Report on the cholera epidemic of
Year: 1868
Disease focus: Cholera
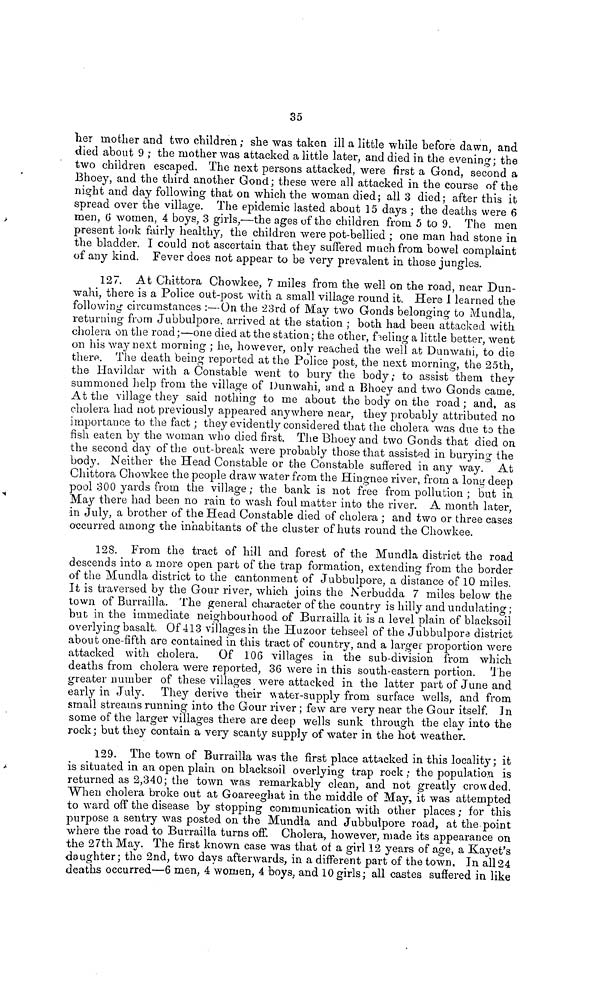
35
her mother and two children; she was taken ill a little while before dawn, and
died about 9 ; the mother was attacked a little later, and died in the evening; the
two children escaped. The next persons attacked, were first a Gond, second a
Bhoey, and the third another Gond; these were all attacked in the course of the
nicht and day following that on which the woman died; all 3 died; after this it
spread over the village. The epidemic lasted about 15 days ; the deaths were 6
men, 6 women, 4 boys, 3 girls,—the ages of the children from. 5 to 9. The men
present look fairly healthy, the children were pot-bellied ; one man had stone in
the bladder. I could not ascertain that they suffered much from bowel complaint
of any kind. Fever does not appear to be very prevalent in those jungles.
127. At Chittora Chowkee, 7 miles from the well on the road, near Dun-
wahi, there is a Police out-post with a small village round it. Here I learned the
following circumstances :—On the 23rd of May two Gonds belonging to Mundla,
returning from Jubbulpore, arrived at the station ; both had been attacked with
cholera on the road ;—one died at the station; the other, fueling a little better, went
on his way next morning ; he, however, only reached the well at Dunwaiii, to die
there. The death being reported at the Police post, the next morning, the 25th,
the Havildar with a Constable went to bury the body; to assist them they
summoned help from the village of Dunwahi, and a Bhoey and two Gonds came.
At the village they said nothing to me about the body on the road ; and, as
cholera had not previously appeared anywhere near, they probably attributed no
importance to the fact ; they evidently considered that the cholera was due to the
fish eaten by the woman who died first. The Bhoey and two Gonds that died on
the second day of the out-break were probably those that assisted in burying the
body. Neither the Head Constable or the Constable suffered in any way. At
Chittora Chowkee the people draw water from the Hingnee river, from a long deep
pool 300 yards from the village ; the bank is not free from pollution ; but in
May there had been no rain to wash foul matter into the river. A month later,
in July, a brother of the Head Constable died of cholera ; and two or three cases
occurred among the inhabitants of the cluster of huts round the Chowkee.
128. From the tract of hill and forest of the Mundla district the road
descends into a more open part of the trap formation, extending from the border
of the Mundla district to the cantonment of Jubbulpore, a distance of 10 miles.
It is traversed by the Gour river, which joins the Nerbudda 7 miles below the
town of Burrailla. The general character of the country is hilly and undulating;
but in the immediate neighbourhood of Burrailla it is a level plain of blacksoil
overlying basalt. Of 413 villagesin the Huzoor tehseel of the Jubbulpore district
about one-fifth are contained in this tract of country, and a larger proportion were
attacked with cholera.
Of 106 villages in the sub-division from which
deaths from cholera were reported, 36 were in this south-eastern portion. The
greater number of these villages were attacked in the latter part of June and
early in July. They derive their water-supply from surface wells, and from
small streams running into the Gour river ; few are very near the Gour itself. In
some of the larger villages there are deep wells sunk through the clay into the
rock ; but they contain a very scanty supply of water in the hot weather.
129. The town of Burrailla was the first place attacked in this locality ; it
is situated in an open plain on blaeksoil overlying trap rock ; the population is
returned as 2,340; the town was remarkably clean, and not greatly crowded.
When cholera broke out at Goareeghat in the middle of May, it was attempted
to ward off the disease by stopping communication with other places ; for this
purpose a sentry was posted on the Mundla and Jubbulpore road, at the point
where the road to Burrailla turns off. Cholera, however, made its appearance on
the 27th May. The first known case was that oí a girl 12 years of age, a Kayet's
daughter ; the 2nd, two days afterwards, in a different part of the town. In all 24
deaths occurred—6 men, 4 women, 4 boys, and 10 girls; all castes suffered in like